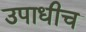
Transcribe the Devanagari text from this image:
उपाधीच